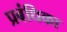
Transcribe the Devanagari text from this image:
प्रबंधिका